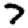
Digit: 7